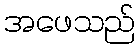
အဖေသည်